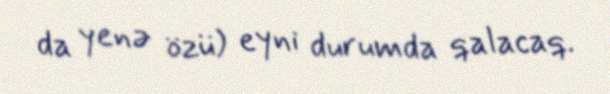
da yenə özü) eyni durumda qalacaq.